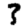
Digit: 3